Vaccination United Provinces of Agra and Oudh 1914-1922 - 1914-1922
Year: 1914
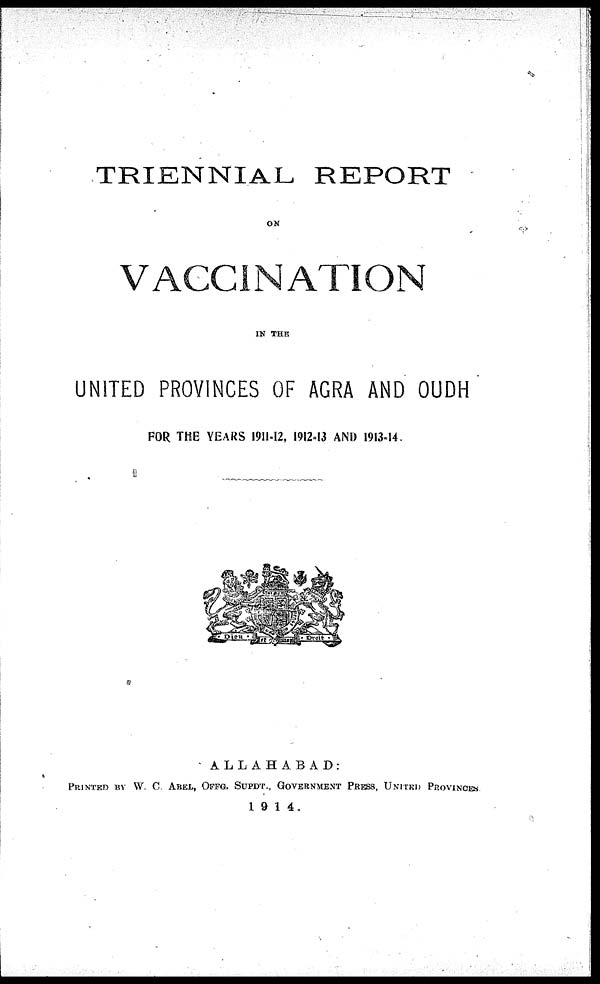
TRIENNIAL REPORT
ON
VACCINATION
IN THE
UNITED PROVINCES OF AGRA AND OUDH
FOR THE YEARS 1911-12, 1912-13 AND 1913-14.
ALLAHABAD:
PRINTED BY W. C. ABEL, OFFG. SUPDT., GOVERNMENT PRESS, UNITED PROVINCES.
1914.